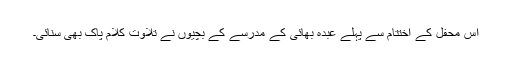
اس محفل کے اختتام سے پہلے عبدہ بھائی کے مدرسے کے بچیوں نے تلاوت کلام پاک بھی سنائی۔